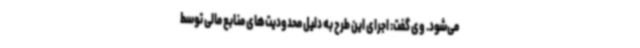
می‌شود. وی گفت: اجرای این طرح به دلیل محدودیت‌های منابع مالی توسط